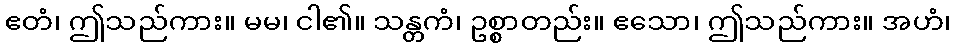
ဧတံ၊ ဤသည်ကား။ မမ၊ ငါ၏။ သန္တကံ၊ ဥစ္စာတည်း။ ဧသော၊ ဤသည်ကား။ အဟံ၊